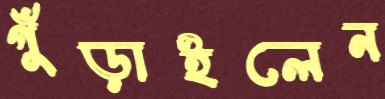
গুঁড়াইলেন